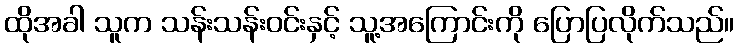
ထိုအခါ သူက သန်းသန်းဝင်းနှင့် သူ့အကြောင်းကို ပြောပြလိုက်သည်။